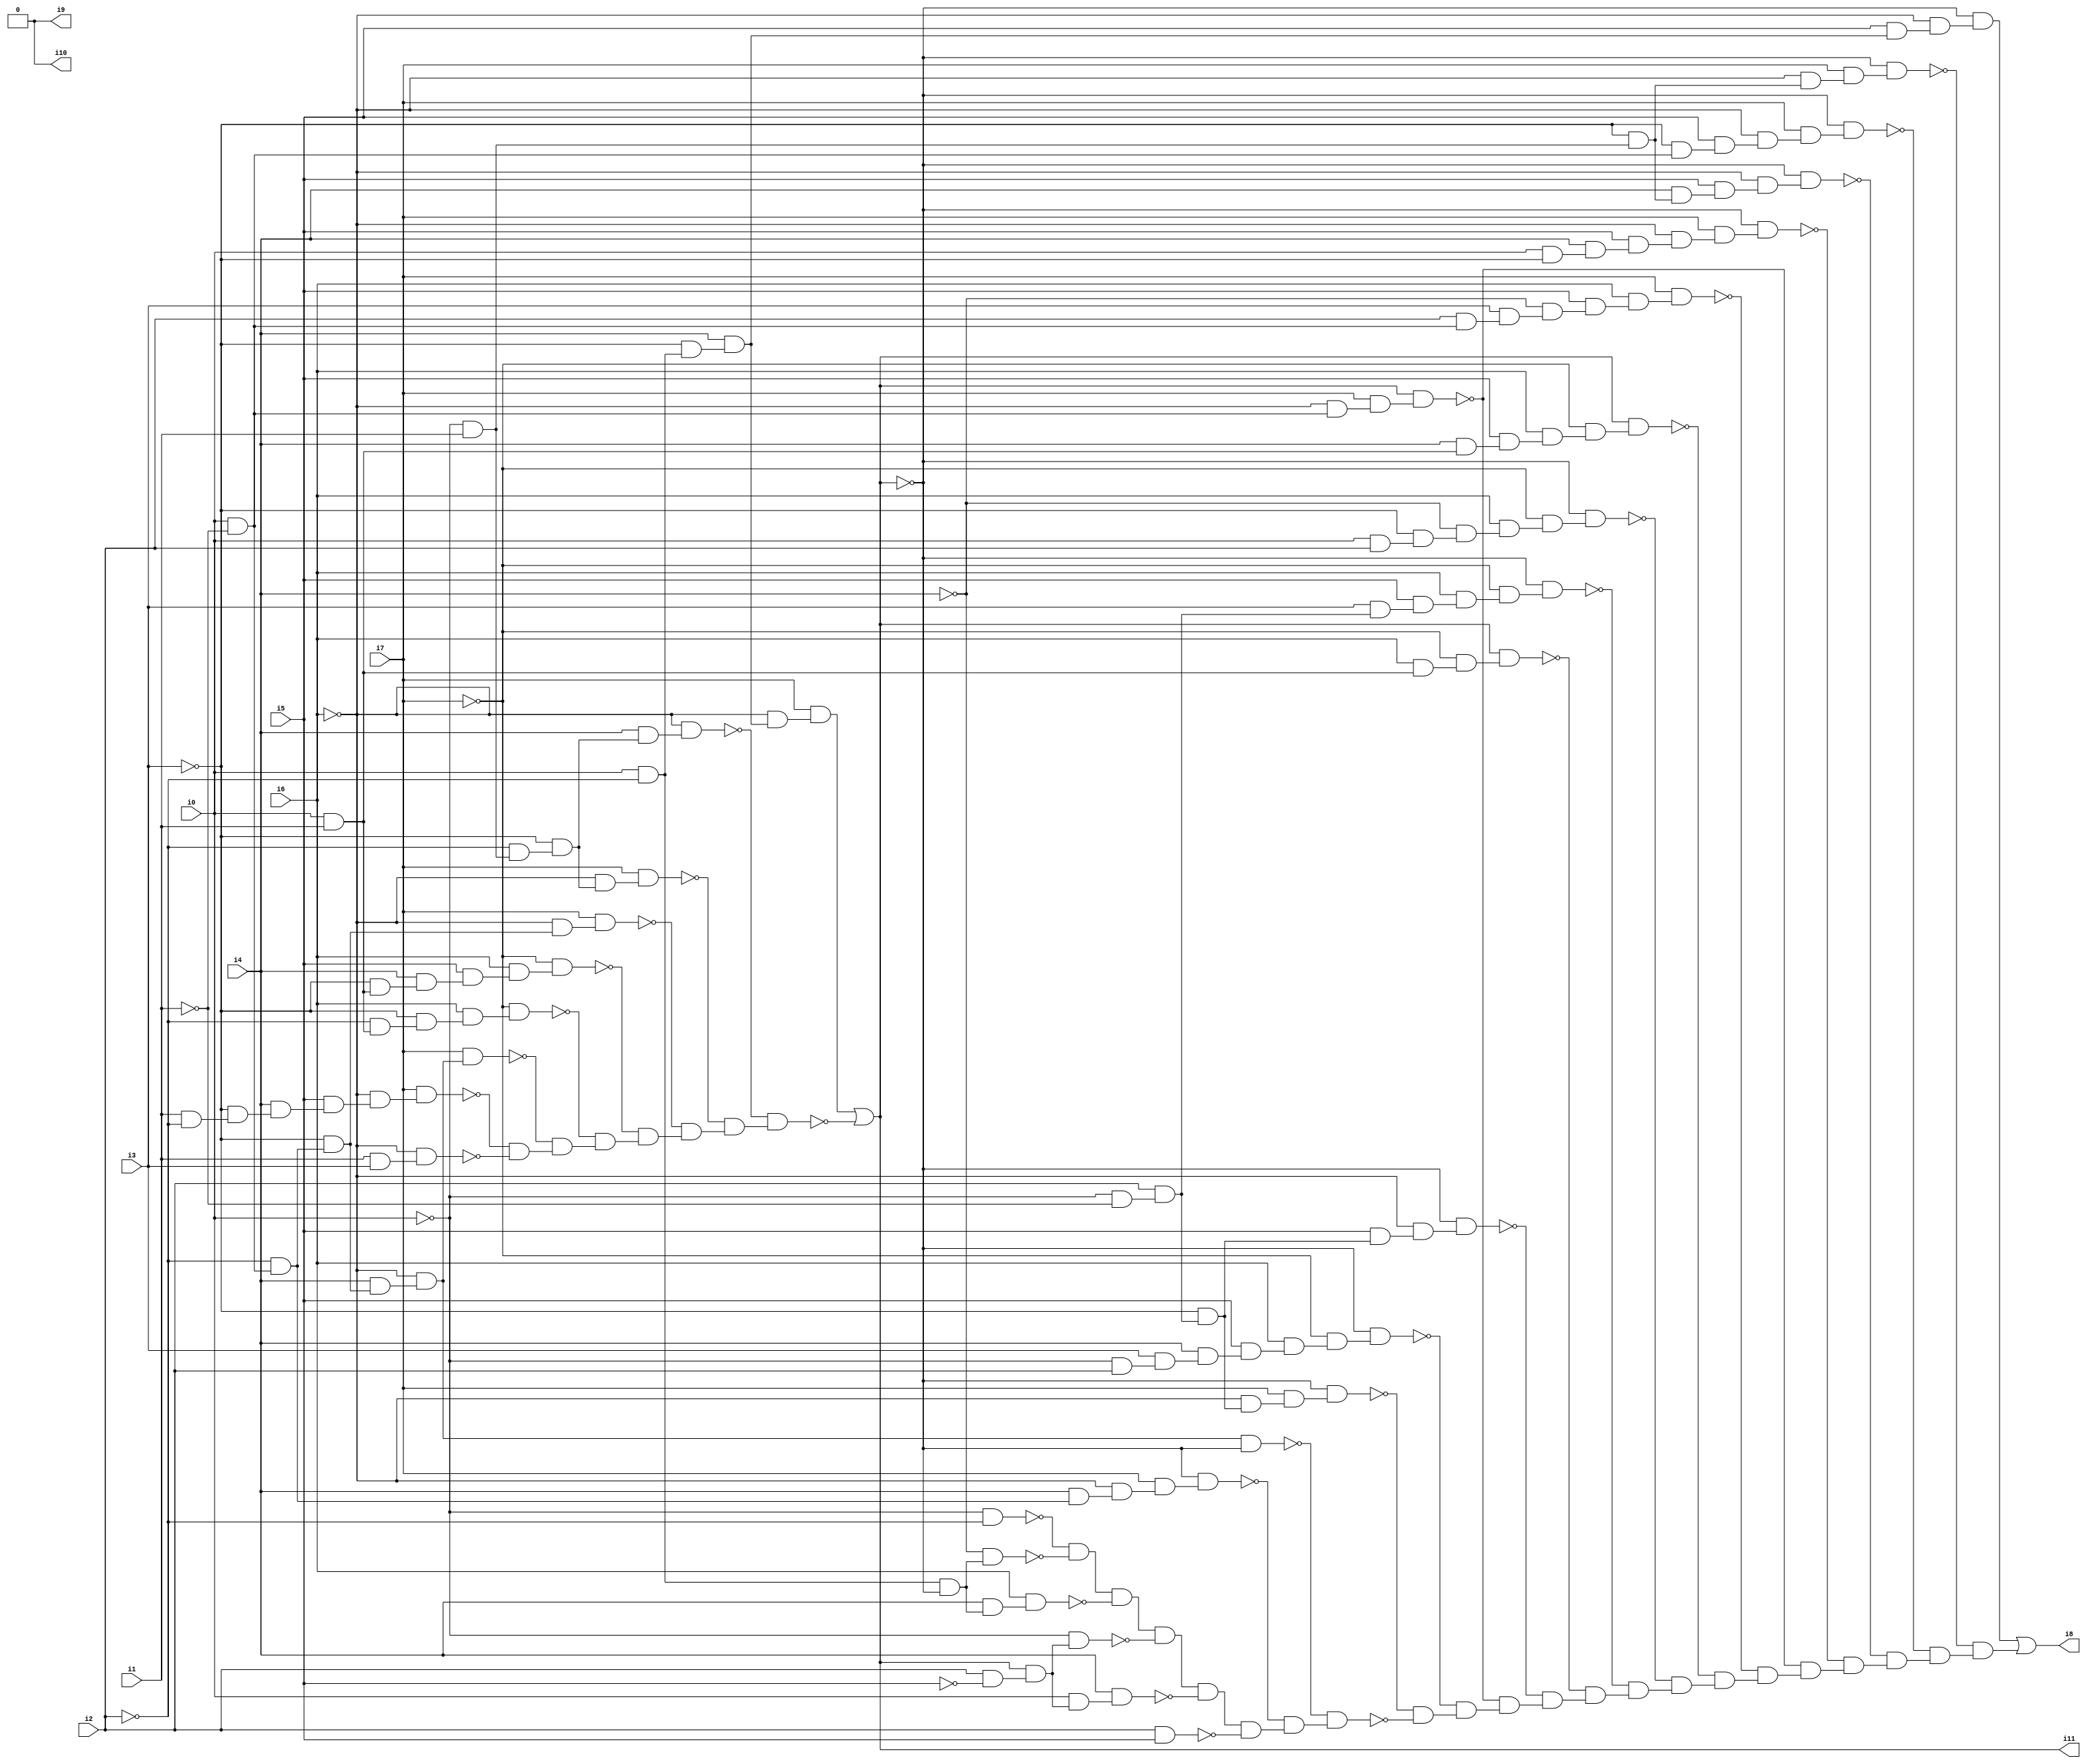
// Benchmark "SKOLEMFORMULA" written by ABC on Mon May  4 05:27:18 2020

module SKOLEMFORMULA ( 
    i0, i1, i2, i3, i4, i5, i6, i7,
    i8, i9, i10, i11  );
  input  i0, i1, i2, i3, i4, i5, i6, i7;
  output i8, i9, i10, i11;
  wire n14, n15, n16, n17, n18, n19, n20, n21, n22, n23, n24, n25, n26, n27,
    n28, n29, n30, n31, n32, n33, n34, n35, n36, n37, n38, n39, n40, n41,
    n42, n43, n44, n45, n46, n47, n48, n49, n50, n51, n52, n53, n54, n55,
    n56, n57, n58, n60, n61, n62, n63, n64, n65, n66, n67, n68, n69, n70,
    n71, n72, n73, n74, n75, n76, n77, n78, n79, n80, n81, n82, n83, n84,
    n85, n86, n87, n88, n89, n90, n91, n92, n93, n94, n95, n96, n97, n98,
    n99, n100, n101, n102, n103, n104, n105, n106, n107, n108, n109, n110,
    n111, n112, n113, n114, n115, n116, n117, n118, n119, n120, n121, n122,
    n123, n124, n125, n126, n127, n128, n129, n130, n131, n132, n133, n134,
    n135, n136, n137, n138, n139, n140, n141, n142, n143, n144, n145, n146,
    n147, n148, n149, n150, n151, n152, n153, n154, n155, n156, n157, n158,
    n159, n160, n161, n162;
  assign n14 = i1 & ~i2;
  assign n15 = ~i3 & n14;
  assign n16 = i4 & n15;
  assign n17 = i5 & n16;
  assign n18 = ~i6 & n17;
  assign n19 = i7 & n18;
  assign n20 = i0 & ~i1;
  assign n21 = ~i2 & n20;
  assign n22 = ~i3 & n21;
  assign n23 = i4 & n22;
  assign n24 = ~i6 & n23;
  assign n25 = i7 & n24;
  assign n26 = i0 & i1;
  assign n27 = ~i2 & n26;
  assign n28 = ~i3 & n27;
  assign n29 = i6 & n28;
  assign n30 = ~i7 & n29;
  assign n31 = ~i3 & n26;
  assign n32 = i4 & n31;
  assign n33 = i5 & n32;
  assign n34 = i6 & n33;
  assign n35 = ~i7 & n34;
  assign n36 = ~i6 & n22;
  assign n37 = i7 & n36;
  assign n38 = ~i0 & i1;
  assign n39 = ~i2 & n38;
  assign n40 = ~i3 & n39;
  assign n41 = ~i6 & n40;
  assign n42 = i7 & n41;
  assign n43 = i4 & n40;
  assign n44 = ~i6 & n43;
  assign n45 = i0 & ~i2;
  assign n46 = ~i3 & n45;
  assign n47 = i4 & n46;
  assign n48 = ~i6 & n47;
  assign n49 = i7 & n48;
  assign n50 = i1 & i3;
  assign n51 = ~i6 & n50;
  assign n52 = ~n19 & ~n51;
  assign n53 = ~n25 & n52;
  assign n54 = ~n30 & n53;
  assign n55 = ~n35 & n54;
  assign n56 = ~n37 & n55;
  assign n57 = ~n42 & n56;
  assign n58 = ~n44 & n57;
  assign i11 = n49 | ~n58;
  assign n60 = i4 & n21;
  assign n61 = ~i6 & n60;
  assign n62 = i7 & n61;
  assign n63 = ~i11 & n62;
  assign n64 = n24 & ~i11;
  assign n65 = ~i0 & ~i1;
  assign n66 = i2 & n65;
  assign n67 = ~i3 & n66;
  assign n68 = ~i6 & n67;
  assign n69 = i7 & n68;
  assign n70 = ~i11 & n69;
  assign n71 = ~i0 & i2;
  assign n72 = i3 & n71;
  assign n73 = i4 & n72;
  assign n74 = i5 & n73;
  assign n75 = i6 & n74;
  assign n76 = ~i7 & n75;
  assign n77 = ~i11 & n76;
  assign n78 = ~i6 & n20;
  assign n79 = i7 & n78;
  assign n80 = i11 & n79;
  assign n81 = i5 & n67;
  assign n82 = ~i6 & n81;
  assign n83 = ~i11 & n82;
  assign n84 = i6 & n26;
  assign n85 = ~i7 & n84;
  assign n86 = i11 & n85;
  assign n87 = i3 & n66;
  assign n88 = i5 & n87;
  assign n89 = i6 & n88;
  assign n90 = ~i7 & n89;
  assign n91 = ~i11 & n90;
  assign n92 = i0 & i2;
  assign n93 = ~i3 & n92;
  assign n94 = ~i4 & n93;
  assign n95 = i6 & n94;
  assign n96 = ~i7 & n95;
  assign n97 = ~i11 & n96;
  assign n98 = i4 & n26;
  assign n99 = i5 & n98;
  assign n100 = i6 & n99;
  assign n101 = ~i7 & n100;
  assign n102 = i11 & n101;
  assign n103 = i2 & n20;
  assign n104 = i3 & n103;
  assign n105 = ~i4 & n104;
  assign n106 = i5 & n105;
  assign n107 = i6 & n106;
  assign n108 = i7 & n107;
  assign n109 = i0 & ~i3;
  assign n110 = i4 & n109;
  assign n111 = i5 & n110;
  assign n112 = ~i6 & n111;
  assign n113 = i7 & n112;
  assign n114 = ~i11 & n113;
  assign n115 = ~i3 & n38;
  assign n116 = i4 & n115;
  assign n117 = i5 & n116;
  assign n118 = ~i6 & n117;
  assign n119 = ~i11 & n118;
  assign n120 = ~i3 & n20;
  assign n121 = i5 & n120;
  assign n122 = ~i6 & n121;
  assign n123 = i7 & n122;
  assign n124 = ~i11 & n123;
  assign n125 = ~i6 & n115;
  assign n126 = i7 & n125;
  assign n127 = ~i11 & n126;
  assign n128 = i5 & n47;
  assign n129 = ~i6 & n128;
  assign n130 = ~i11 & n129;
  assign n131 = ~i0 & ~i2;
  assign n132 = n45 & ~i11;
  assign n133 = ~i4 & n132;
  assign n134 = ~n131 & ~n133;
  assign n135 = i4 & n132;
  assign n136 = i6 & n135;
  assign n137 = n134 & ~n136;
  assign n138 = i2 & ~i5;
  assign n139 = i11 & n138;
  assign n140 = ~i0 & n139;
  assign n141 = n137 & ~n140;
  assign n142 = i0 & n139;
  assign n143 = i4 & n142;
  assign n144 = n141 & ~n143;
  assign n145 = i2 & i5;
  assign n146 = n144 & ~n145;
  assign n147 = ~n63 & n146;
  assign n148 = ~n64 & n147;
  assign n149 = ~n70 & ~n148;
  assign n150 = ~n77 & n149;
  assign n151 = ~n80 & n150;
  assign n152 = ~n83 & n151;
  assign n153 = ~n86 & n152;
  assign n154 = ~n91 & n153;
  assign n155 = ~n97 & n154;
  assign n156 = ~n102 & n155;
  assign n157 = ~n108 & n156;
  assign n158 = ~n80 & n157;
  assign n159 = ~n114 & n158;
  assign n160 = ~n119 & n159;
  assign n161 = ~n124 & n160;
  assign n162 = ~n127 & n161;
  assign i8 = n130 | n162;
  assign i9 = 1'b0;
  assign i10 = 1'b0;
endmodule